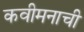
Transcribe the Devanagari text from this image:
कवीमनाची